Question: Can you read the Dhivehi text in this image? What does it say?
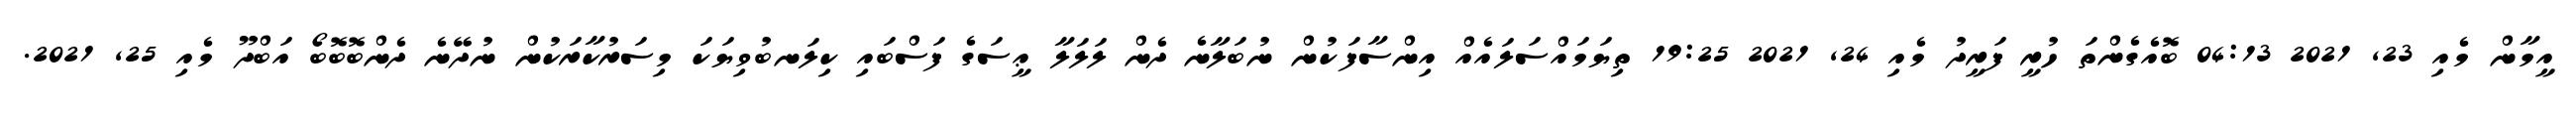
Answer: އީމާން މެއި 23, 2021 04:13 ބޮއެގެންތަ ހުރީ ފަރީދު މެއި 24, 2021 19:25 ތިޔަމައްސަލައެއް އިންސާފަކުން ނުބަލާނެ ދެން ލަލަލާ ޢީސަގެ ފަސްބައި ކިލަނބުވިޔަކަ މިސަރުކާރަކުން ނުދޭނެ ދެންބޮބޮބޯ އަބްދޫ މެއި 25, 2021.